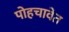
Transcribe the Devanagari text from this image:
पोहचावेत